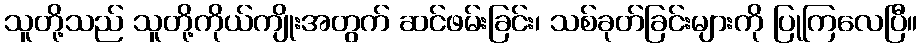
သူတို့သည် သူတို့ကိုယ်ကျိုးအတွက် ဆင်ဖမ်းခြင်း၊ သစ်ခုတ်ခြင်းများကို ပြုကြလေပြီ။